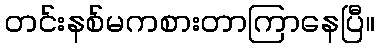
တင်းနစ်မကစားတာကြာနေပြီ။